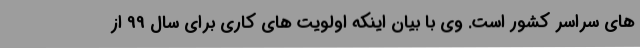
های سراسر کشور است. وی با بیان اینکه اولویت های کاری برای سال 99 از